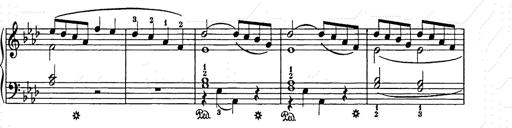
Title: Weihnachtsbaum
Composer: Franz Liszt